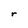
Character: r